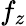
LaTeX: f_{z}